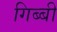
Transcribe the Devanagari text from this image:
गिब्बी